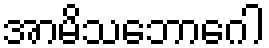
အာမိသဘောဂေါ